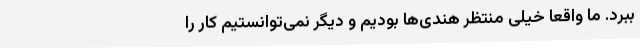
ببرد. ما واقعا خیلی منتظر هندی‌ها بودیم و دیگر نمی‌توانستیم کار را